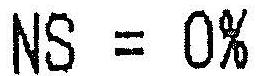
NS = 0%